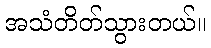
အသံတိတ်သွားတယ်။